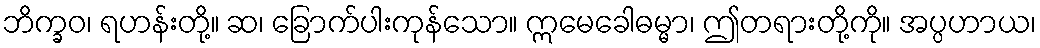
ဘိက္ခဝ၊ ရဟန်းတို့။ ဆ၊ ခြောက်ပါးကုန်သော။ ဣမေခေါဓမ္မာ၊ ဤတရားတို့ကို။ အပ္ပဟာယ၊